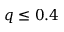
q \leq 0 . 4